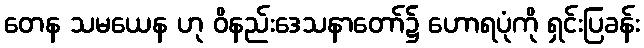
တေန သမယေန ဟု ဝိနည်းဒေသနာတော်၌ ဟောရပုံကို ရှင်းပြခန်း